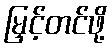
မြှင့်တင်ဖို့